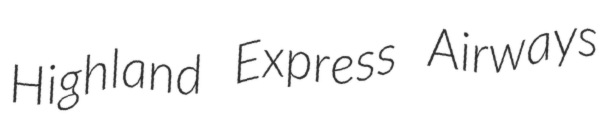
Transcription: Highland Express Airways